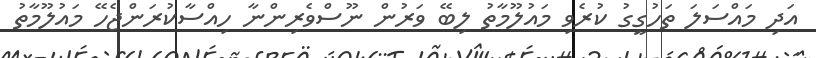
އަދި މައްސަލަ ތަހުގީގު ކުރެވި މައުލޫމާތު ލިބޭ ވަރުން ނޫސްވެރިންނާ ހިއްސާކުރަންޖެހޭ މައުލޫމާތު